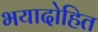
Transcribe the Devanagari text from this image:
भयादोहित